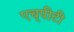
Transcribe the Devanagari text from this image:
एच्‌पीटी